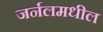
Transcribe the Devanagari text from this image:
जर्नलमधील